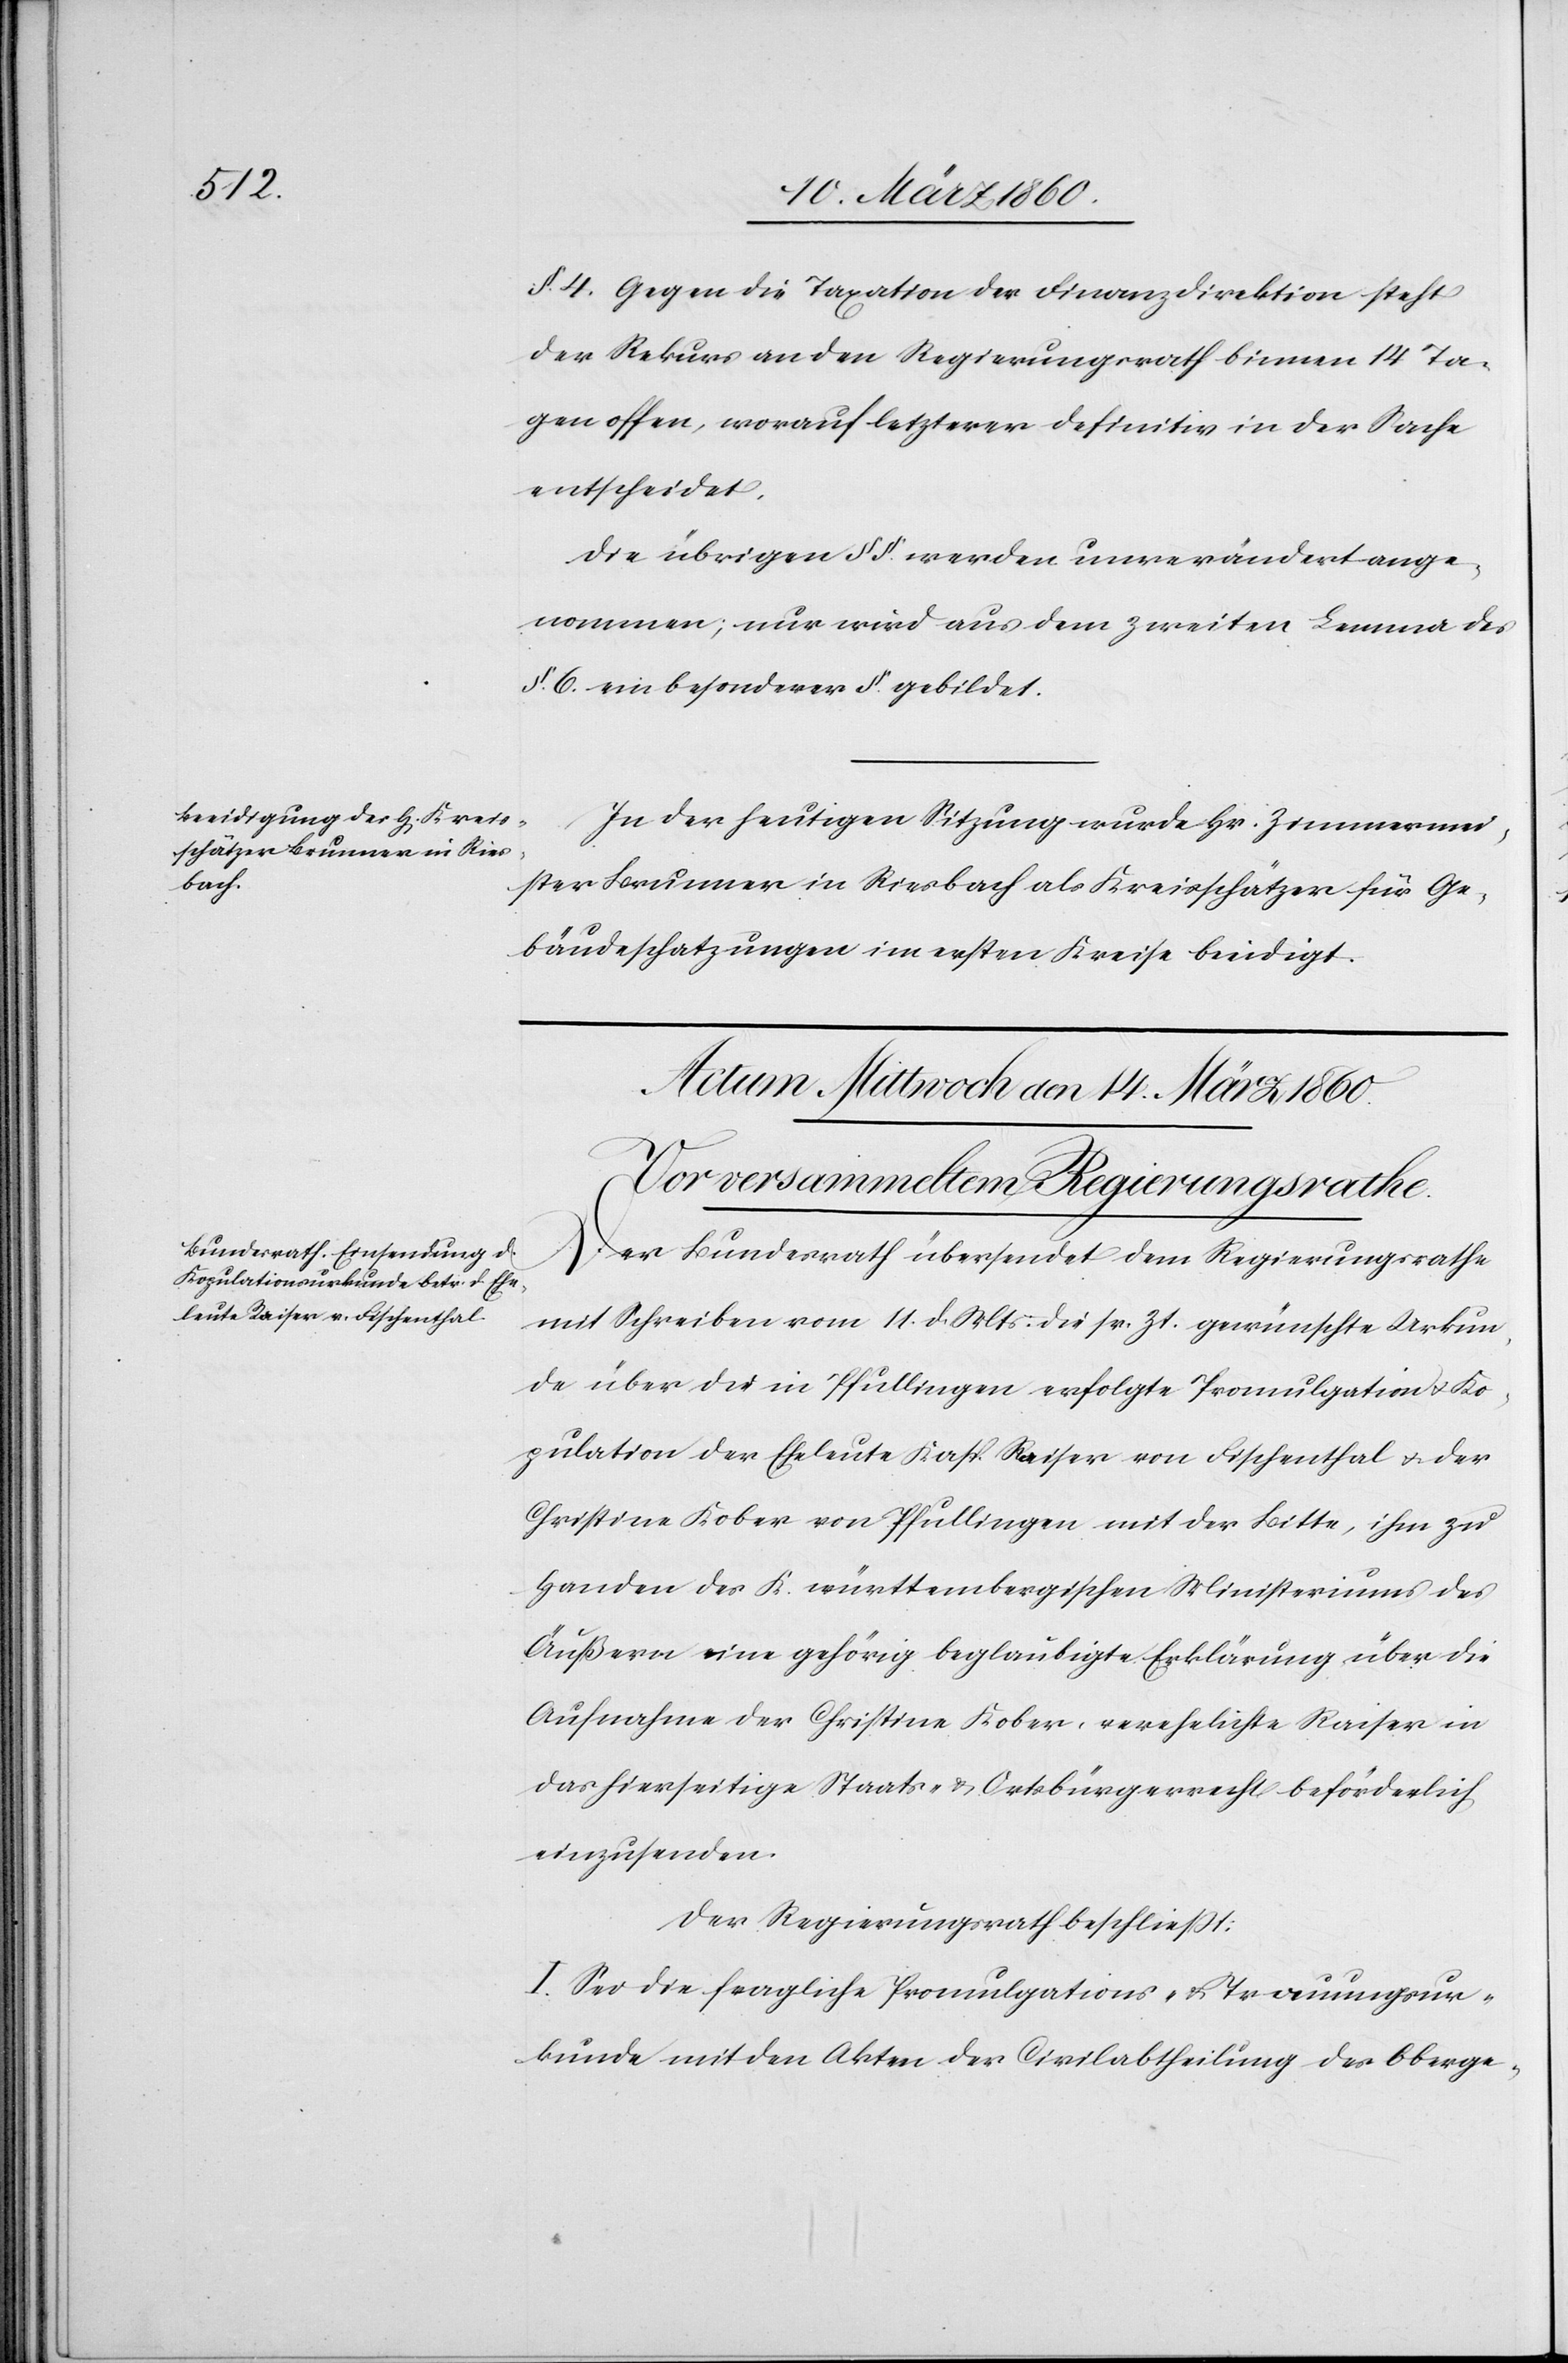
§. 4. Gegen die Taxation der Finanzdirektion steht
der Rekurs an den Regierungsrath binnen 14 Ta¬
gen offen, worauf letzterer definitiv in der Sache
entscheidet.
Die übrigen §§. werden unverändert ange¬
nommen; nur wird aus dem zweiten Lemma des
§. 6. ein besonderer §. gebildet.
In der heutigen Sitzung wurde Hr. Zimmermei¬
ster Brunner in Riesbach als Kreisschätzer für Ge¬
bäudeschatzungen im ersten Kreise beeidigt.
Der Bundesrath übersendet dem Regierungsrathe
mit Schreiben vom 11. . Mts. die sr. Zt. gewünschte Urkun¬
de über die in Pfullingen erfolgte Promulgation u. Ko¬
pulation der Eheleute Kasp. Raiser von Fischenthal u. der
Christine Kober von Pfullingen mit der Bitte, ihm zu
Handen des K. württembergischen Ministeriums des
Äußern eine gehörige beglaubigte Erklärung über die
Aufnahme der Christine Kober, verehelichte Raiser in
das hierseitige Staats- u. Ortsbürgerrecht beförderlich
einzusenden.
Der Regierungsrath beschliesst:
I. Sei die fragliche Promulgations- u. Trauungsur¬
kunde mit den Akten der Civilabtheilung des Oberge-